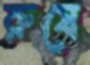
রুষে